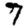
Digit: 7